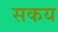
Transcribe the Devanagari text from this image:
सकय